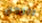
الرجل